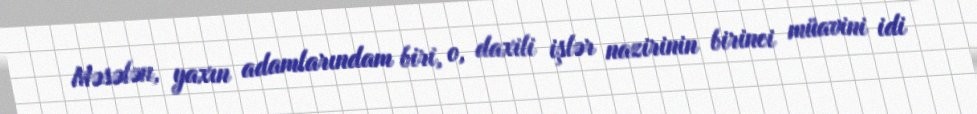
Məsələn, yaxın adamlarındam biri, o, daxili işlər nazirinin birinci müavini idi